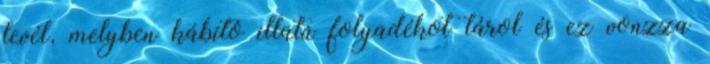
levél, melyben kábító illatú folyadékot tárol és ez vonzza